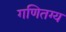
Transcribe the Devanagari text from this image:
गणितग्य